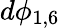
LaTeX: d\phi_{1,6}